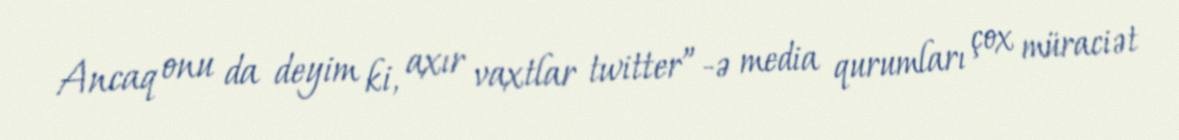
Ancaq onu da deyim ki, axır vaxtlar twitter”-ə media qurumları çox müraciət